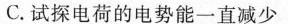
C.试探电荷的电势能一直减少